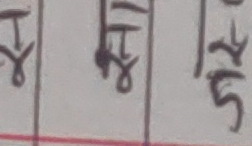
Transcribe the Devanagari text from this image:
१८
२५